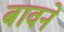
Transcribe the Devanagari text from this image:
बावने